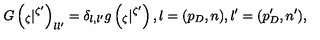
G \left( { } _ { \zeta } | { } ^ { \zeta ^ { \prime } } \right) _ { l l ^ { \prime } } = \delta _ { l , l ^ { \prime } } g \left( { } _ { \zeta } | { } ^ { \zeta ^ { \prime } } \right) , l = ( p _ { D } , n ) , l ^ { \prime } = ( p _ { D } ^ { \prime } , n ^ { \prime } ) ,